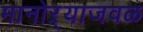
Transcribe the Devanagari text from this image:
मानोऱ्याजवळ